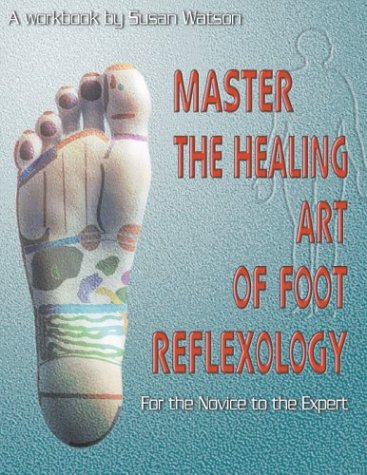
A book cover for Master the Healing Art of Foot Reflexology: For the Novice to the Expert; Susan Watson; Medical Books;